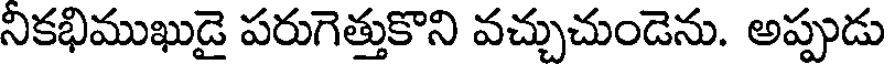
నికభిముఖుడై పరుగెత్తుకొని వచ్చుచుండెను. అప్పుడు